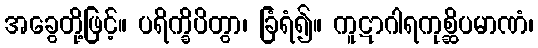
အခွေတို့ဖြင့်။ ပရိက္ခိပိတွာ၊ ခြံရံ၍။ ကူဋာဂါရကုစ္ဆိပမာဏံ၊